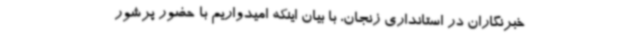
خبرنگاران در استانداری زنجان، با بیان اینکه امیدواریم با حضور پرشور